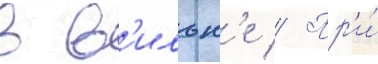
в в'ильн'е // Пр'и́